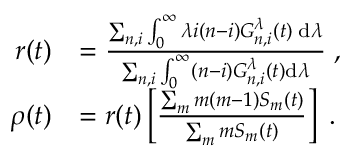
\begin{array} { r l } { r ( t ) } & { = \frac { \sum _ { n , i } \int _ { 0 } ^ { \infty } \lambda i ( n - i ) G _ { n , i } ^ { \lambda } ( t ) \; \mathrm { d } \lambda } { \sum _ { n , i } \int _ { 0 } ^ { \infty } ( n - i ) G _ { n , i } ^ { \lambda } ( t ) \mathrm { d } \lambda } \; , } \\ { \rho ( t ) } & { = r ( t ) \left[ \frac { \sum _ { m } m ( m - 1 ) S _ { m } ( t ) } { \sum _ { m } m S _ { m } ( t ) } \right] \; . } \end{array}